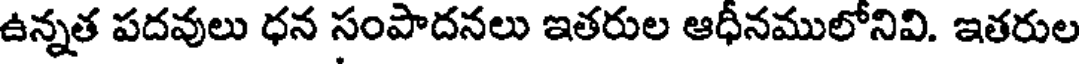
ఉన్నత పదవులు ధన సంపాదనలు ఇతరుల ఆధీనములోనివి. ఇతరుల